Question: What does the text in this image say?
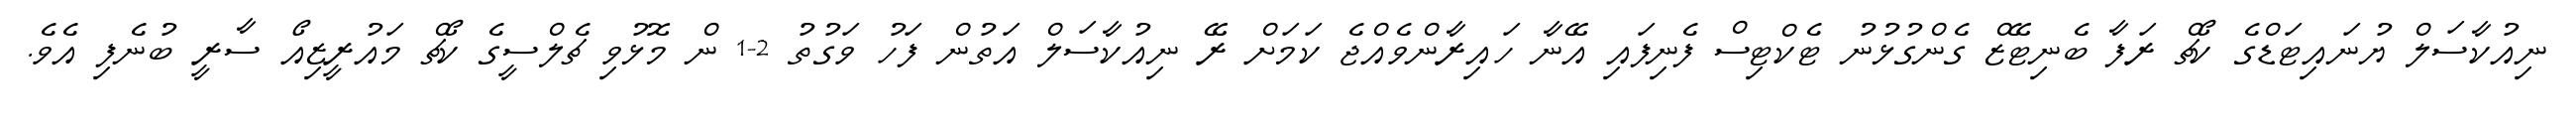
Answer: ނިއުކާސަލް ޔުނައިޓަޑްގެ ކޯޗް ރަފާ ބެނިޓޭޒް ގެންގުޅުނު ޓެކްޓިސް ފެނިފައި އޭނާ ހައިރާންވެއްޖެ ކަމަށް ރޭ ނިއުކާސަލް އަތުން ފަހު ވަގުތު 2-1 ން މޮޅުވި ޗެލްސީގެ ކޯޗް މައުރީޒިއޯ ސާރީ ބުނެފި އެވެ.